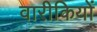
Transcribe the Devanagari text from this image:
वारीकियों